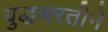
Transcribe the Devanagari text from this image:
युद्धभरतीने